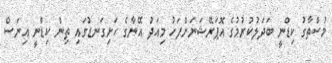
މުސްތާގު ކިޑްނީ ބަދަލުކުރުމުގެ އޮޕަރޭޝަނަށްފަހު މިއަދު އޭނާގެ ހަށިގަނޑުގައި ތިން ކިޑްނީ އިނަސް